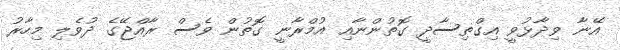
އޭނާ ވިދާޅުވީ އިގްތިސާދީ ގޮތުންނާއި އުމްރާނީ ގޮތުން ވެސް ރާއްޖޭގެ ދުވެލި މިހާރު